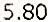
5.80